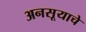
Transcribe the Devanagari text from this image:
अनसूयाचे